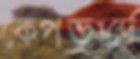
কেপভার্দে